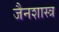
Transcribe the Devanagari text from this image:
जैनशास्त्र